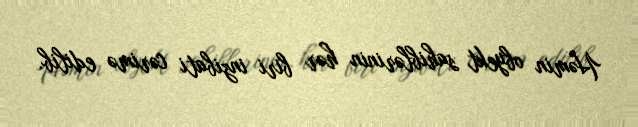
Həmin obyekt sahiblərinin hər biri inzibati cərimə edilib.